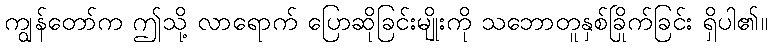
ကျွန်တော်က ဤသို့ လာရောက် ပြောဆိုခြင်းမျိုးကို သဘောတူနှစ်ခြိုက်ခြင်း ရှိပါ၏။